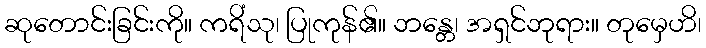
ဆုတောင်းခြင်းကို။ ကရိံသု၊ ပြုကုန်၏။ ဘန္တေ၊ အရှင်ဘုရား။ တုမှေဟိ၊